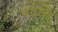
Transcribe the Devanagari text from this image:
पॅरोडीड